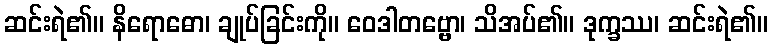
ဆင်းရဲ၏။ နိရောဓော၊ ချုပ်ခြင်းကို။ ဝေဒါတဗ္ဗော၊ သိအပ်၏။ ဒုက္ခဿ၊ ဆင်းရဲ၏။